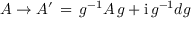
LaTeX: A \to A ^ { \prime } \, = \, g ^ { - 1 } A \, g + \mathrm { i } \, g ^ { - 1 } d g